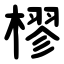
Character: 樛